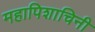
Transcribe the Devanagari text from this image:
महापिशाचिनी